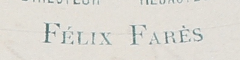
FÉLIX FARÈS